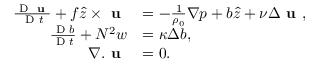
\begin{array} { r l } { \frac { \textnormal { D } \textbf { u } } { \textnormal { D } t } + f \hat { z } \times \textbf { u } } & { = - \frac { 1 } { \rho _ { 0 } } \nabla p + b \hat { z } + \nu \Delta \textbf { u } , } \\ { \frac { \textnormal { D } b } { \textnormal { D } t } + N ^ { 2 } w } & { = \kappa \Delta b , } \\ { \nabla . \textbf { u } } & { = 0 . } \end{array}